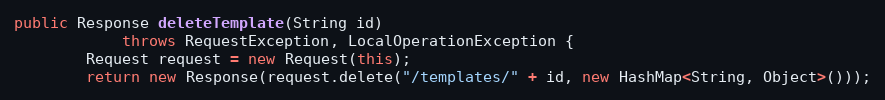
Language: Java
public Response deleteTemplate(String id)
            throws RequestException, LocalOperationException {
        Request request = new Request(this);
        return new Response(request.delete("/templates/" + id, new HashMap<String, Object>()));